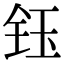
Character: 钰